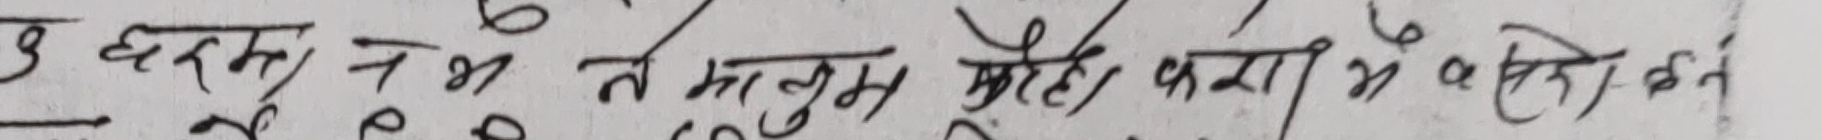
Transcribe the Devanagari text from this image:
उ धरम के न थ ते मालूम भोट कहा से केति कहत